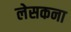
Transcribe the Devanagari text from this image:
लेसकना